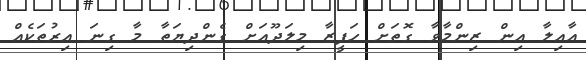
އާއިލާ އިން ޒިންމާވާ ގޮތަށް ހަފީޒާ މިލަދޫއަށް ގެންދިޔަތާ މާ ގިނަ އިރުތަކެއް